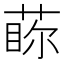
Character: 𱾃